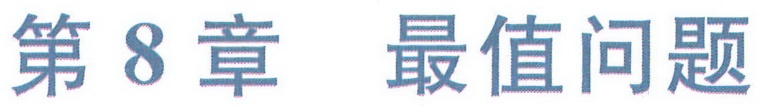
第8章 最值问题